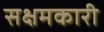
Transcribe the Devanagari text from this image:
सक्षमकारी